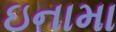
ઇનામા